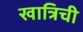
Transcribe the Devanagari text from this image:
खात्रिची